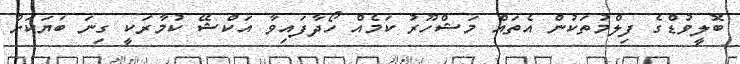
ބޮލީވުޑްގެ ފިލްމުތަކުން އެތައް މަޝްހޫރު ކަމެއް ހޯދާފައިވާ އަކްޝޭ ކުމާރަކީ ގިނަ ބަޔަކަށް